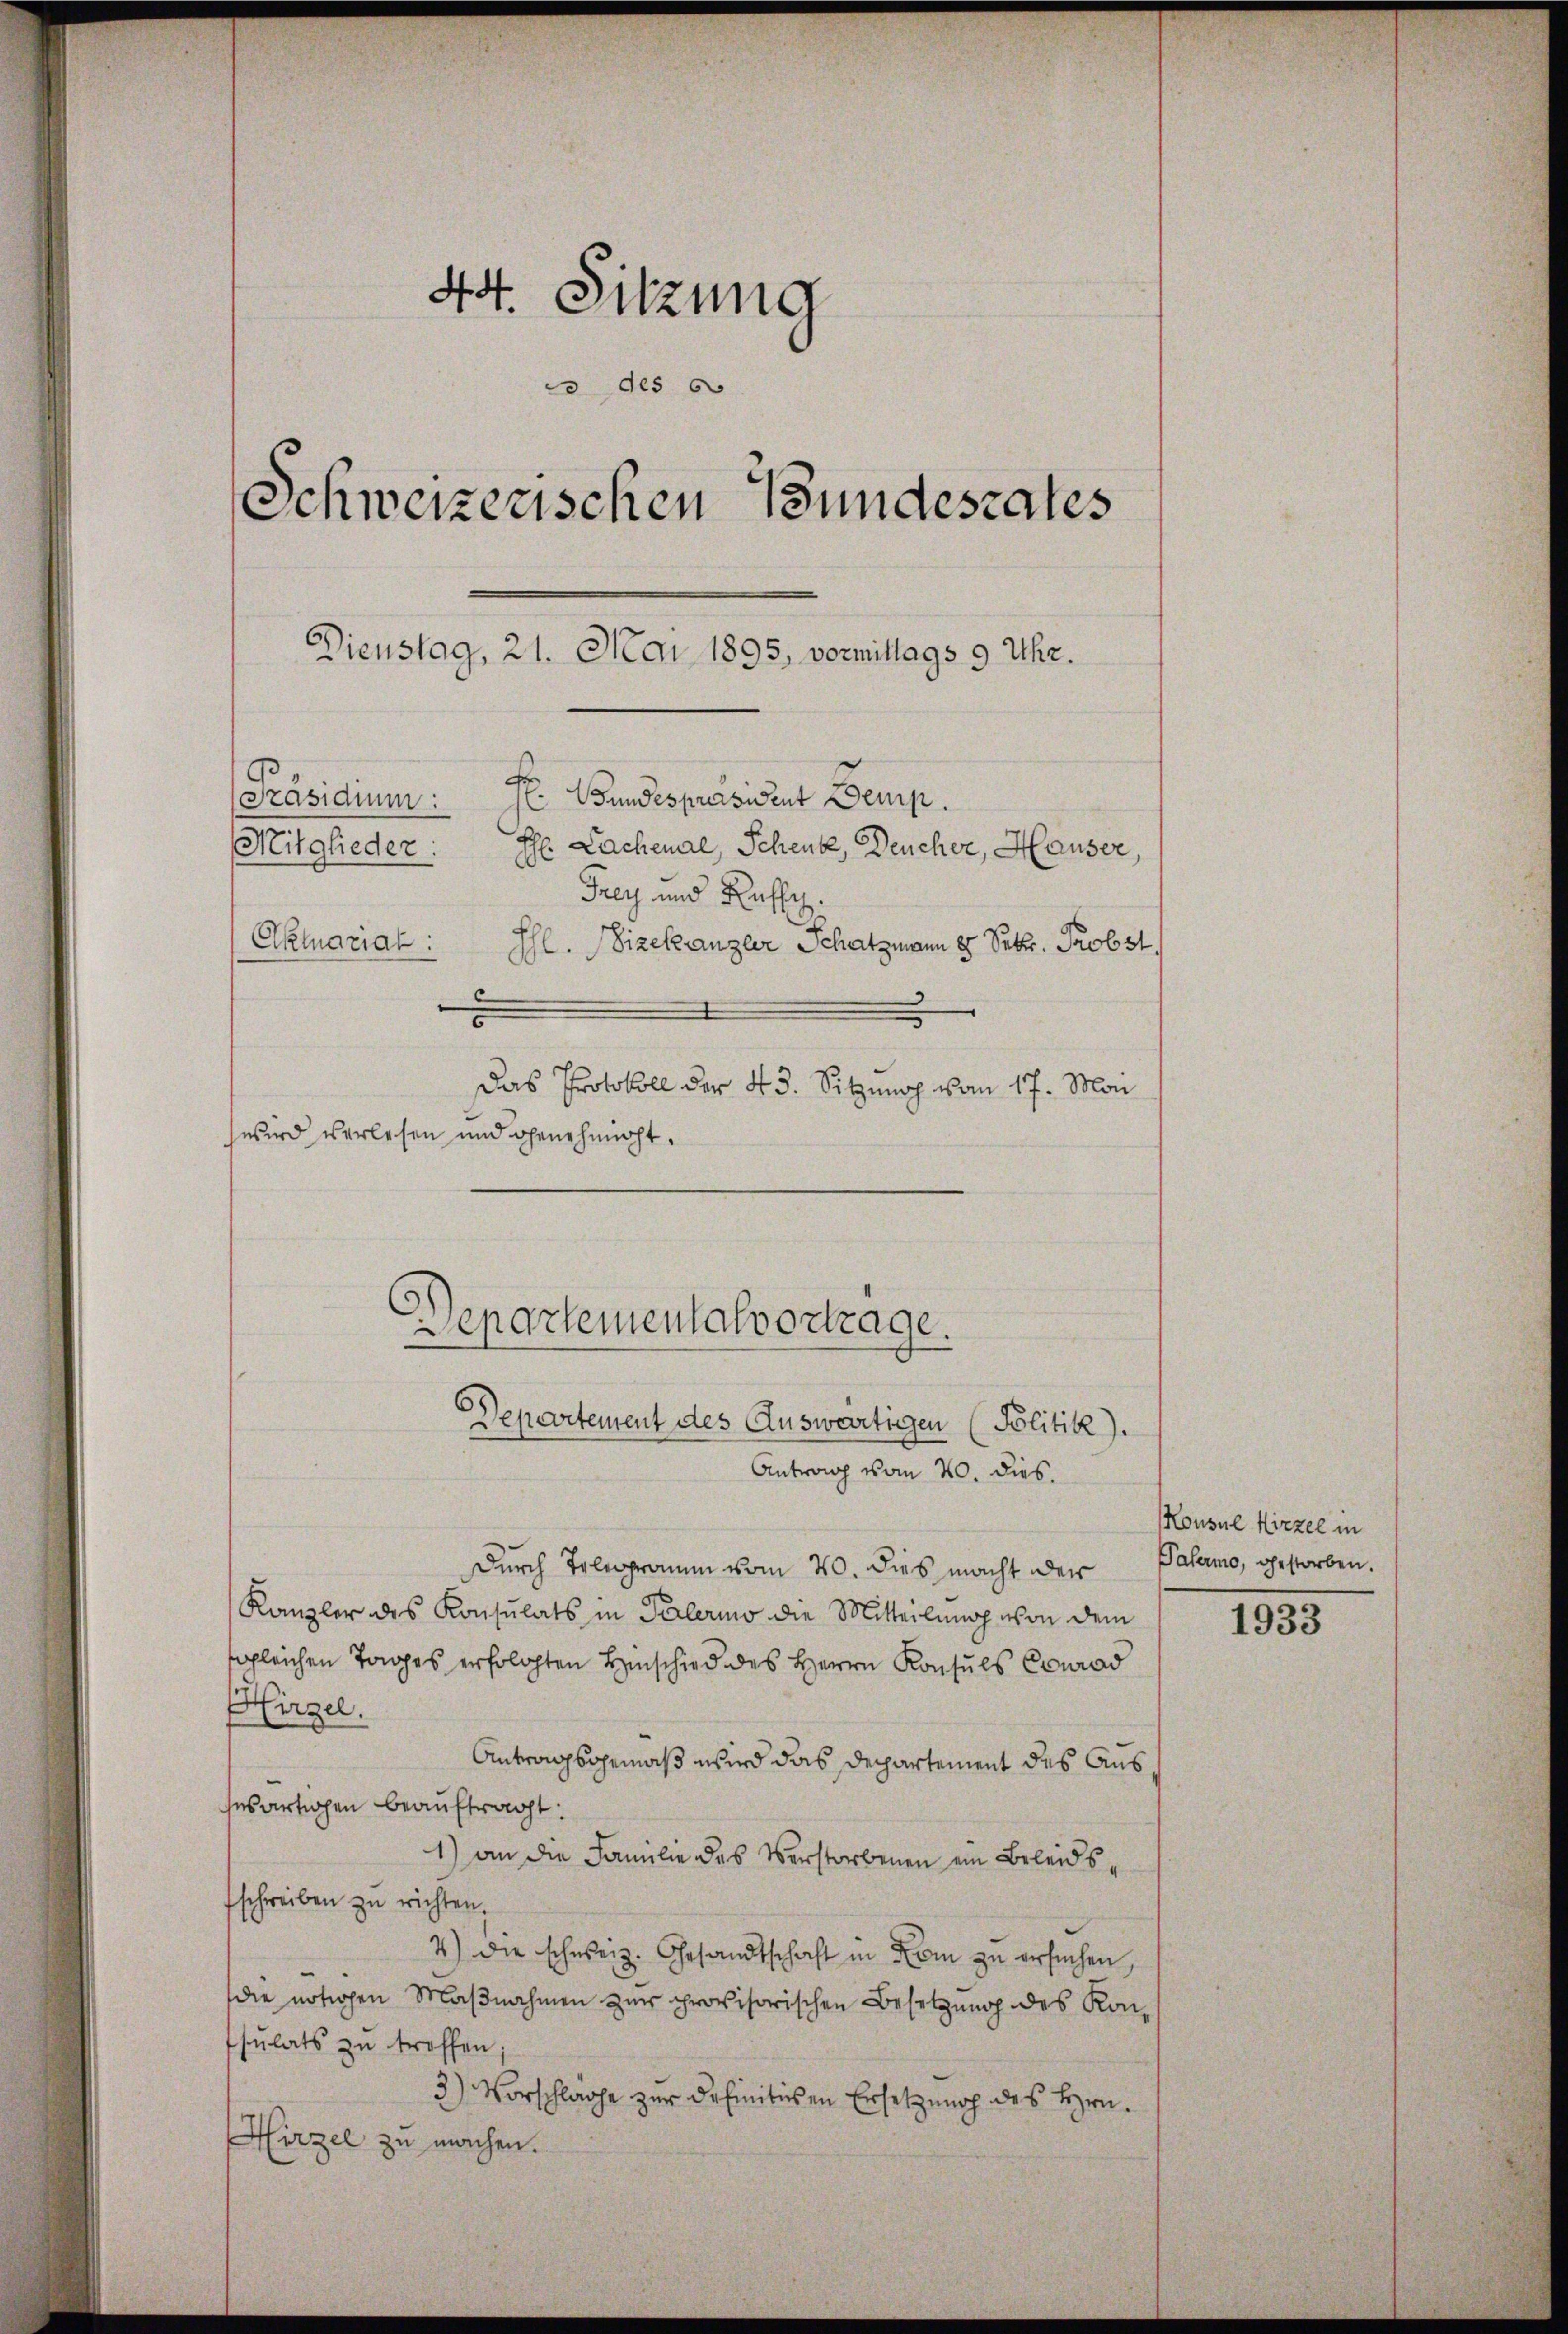
44. Sitzung
 des s
Schweizerischen Bundesrates
Dienstag, 21. Mai 1895, vormittags 9 Uhr.
[Präsidium:  Wundespräsident Demp.
H. Lachenal, Schenk, Deucher, Hauser,
Mitglieder:

Frey und Russe
Aktuariat:
Ihl. Vizekanzler Schatzmann 8. Febr. Probst.
u
d
Das Protokoll der 43. Sitzung vom 17. Man
wird verlesen und genehmigt.

Departementalvortrage.
Departement des Auswärtigen (Politik).

Antrag vom 20. dies.
Durch Telegramm vom 20. dies macht der
Kanzler des Konsulats in Palermo die Mitteilung von dem
sgleichen Tages erfolgten Hinschied des Herrn Konsuls Conrad
Hirzel.
Antragsgemäß wird das Departement des Aus
sesartigen beauftragt:
1) an die Familie des Verstorbenen ein Beleidsfschreiben zu richten.
4) die schweiz. Gesandtschaft in Rom zu ersuchen,
die nötigen Maβnahmen zŭr provisorischen Besetzung des Kon-
sulats zu troffen
3) Vorschläge zur definitiven Ersetzung des Hrn.
Hirzel zu machen.

Konsul Hirzel in
Palermo, gestorben.

1933